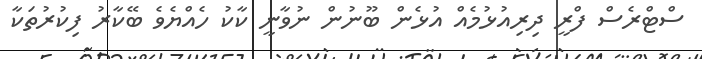
ސްޓްރެސް ފްރީ ދިރިއުޅުމެއް އުޅެން ބޫނުން ނުވާނީ ކާކު ހެއްޔެވެ ބޭކާރު ފިކުރުތަކާ